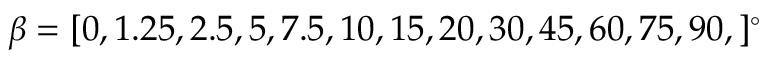
\beta = [ 0 , 1 . 2 5 , 2 . 5 , 5 , 7 . 5 , 1 0 , 1 5 , 2 0 , 3 0 , 4 5 , 6 0 , 7 5 , 9 0 , ] ^ { \circ }